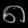
Digit: ၈